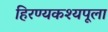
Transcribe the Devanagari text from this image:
हिरण्यकश्यपूला